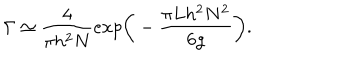
\Gamma \simeq \frac { 4 } { \pi h ^ { 2 } N } e x p \bigg ( - \frac { \pi L h ^ { 2 } N ^ { 2 } } { 6 g } \bigg ) .